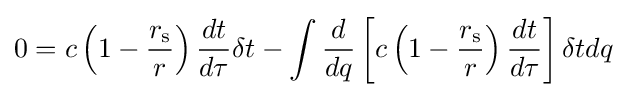
0=c\left(1-{\frac {r_{\text{s}}}{r}}\right){\frac {dt}{d\tau }}\delta t-\int {{\frac {d}{dq}}\left[c\left(1-{\frac {r_{\text{s}}}{r}}\right){\frac {dt}{d\tau }}\right]\delta tdq}